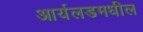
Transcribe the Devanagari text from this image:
आर्यलडमधील